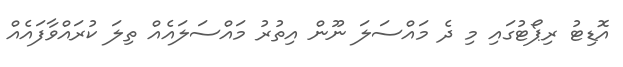
އޮޑިޓު ރިޕޯޓުގައި މި ދެ މައްސަލަ ނޫން އިތުރު މައްސަލައެއް ތިލަ ކުރައްވާފައެއް